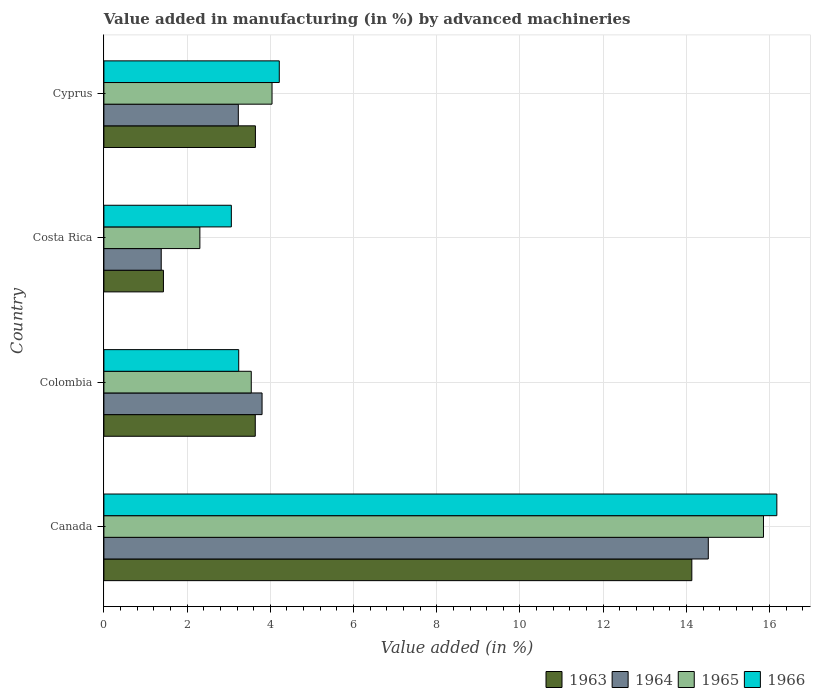
| Country | 1963 | 1964 | 1965 | 1966 |
 | --- | --- | --- | --- | --- |
 | Canada | 14.1 | 14.5 | 15.9 | 16.2 |
 | Colombia | 3.64 | 3.8 | 3.54 | 3.24 |
 | Costa Rica | 1.43 | 1.38 | 2.31 | 3.06 |
 | Cyprus | 3.64 | 3.23 | 4.04 | 4.22 |